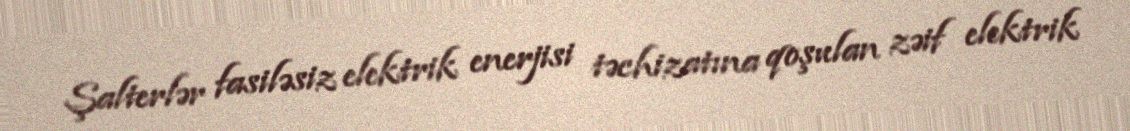
Şalterlər fasiləsiz elektrik enerjisi təchizatına qoşulan zəif elektrik